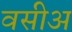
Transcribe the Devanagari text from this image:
वसीअ